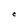
Character: C